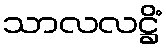
သာလလဋ္ဌိံ